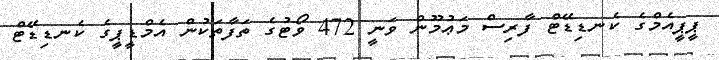
ޕީޕީއެމްގެ ކެނޑިޑޭޓް ފާރިސް މަޢުމޫން ވަނީ 472 ވޯޓުގެ ތަފާތަކުން އެމްޑީޕީގެ ކެނޑިޑޭޓް